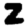
Digit: 2